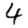
Digit: 4